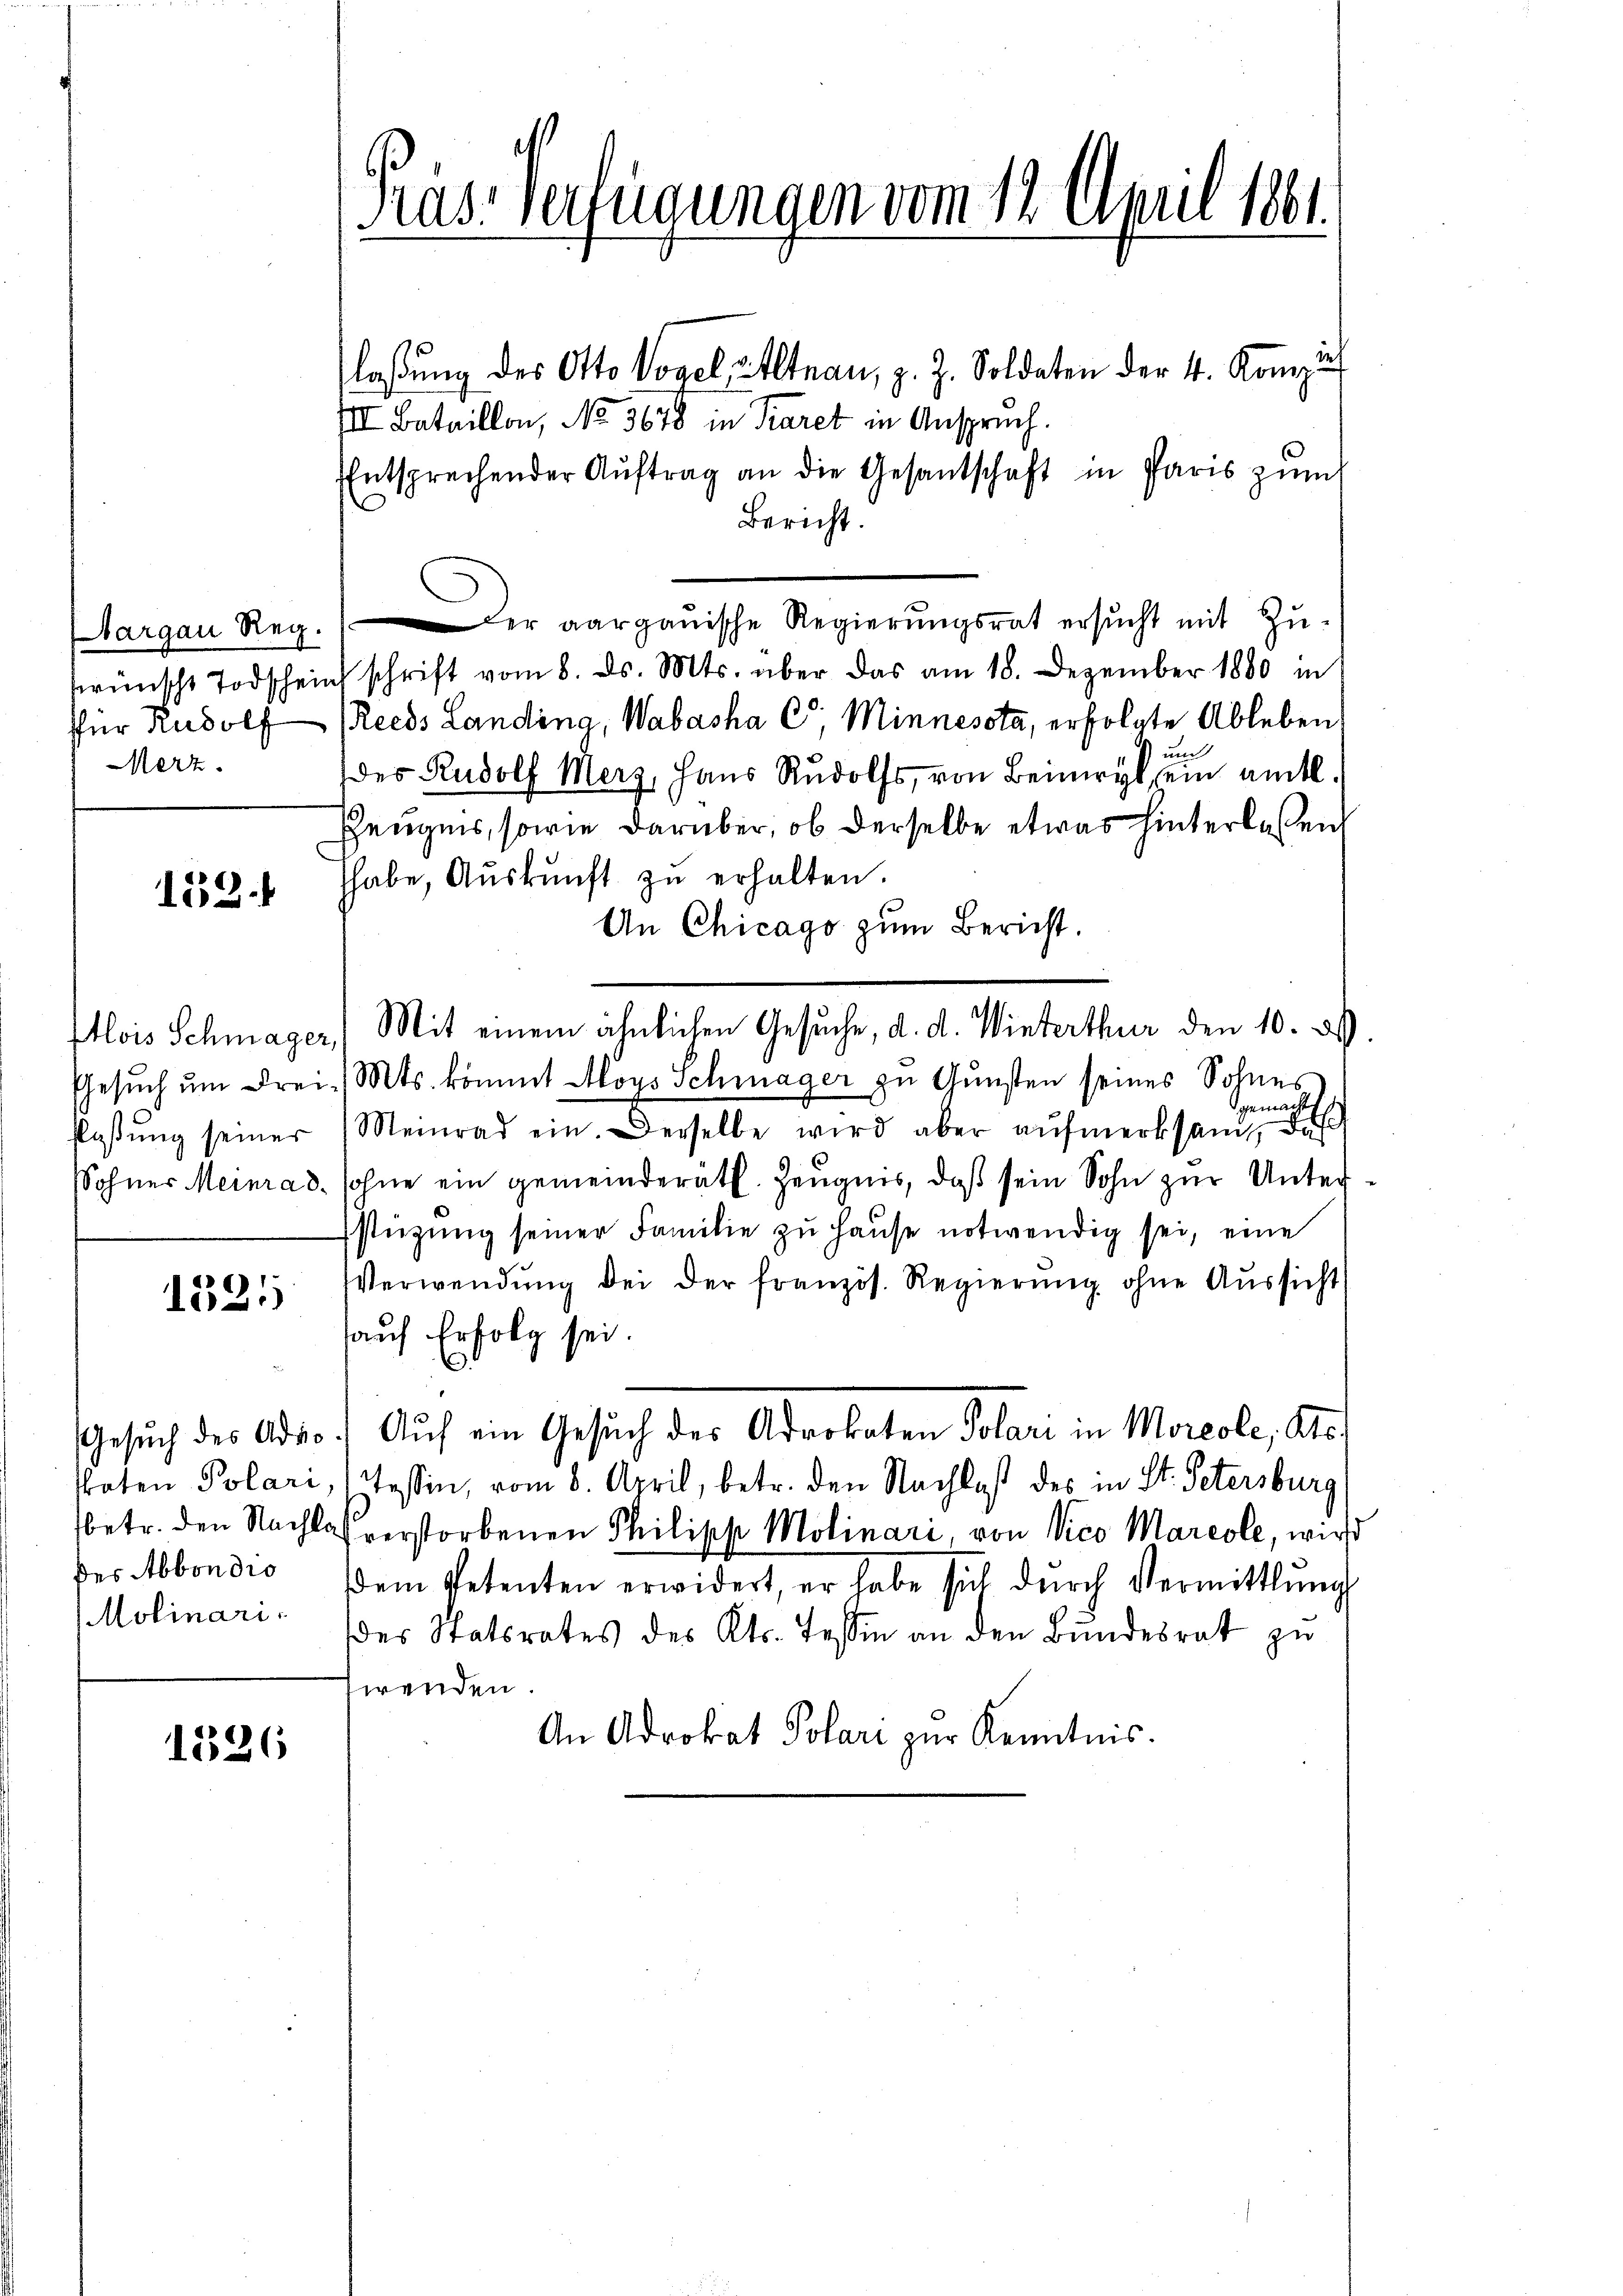
Merz

153.

e
1.)

des Abbondio
Molinari

1326

d
laßung des Otto Vogel, Altnau, z. Z. Soldaten der 4. Konz
VII. Bataillon, No. 3678 in Paret in Anspruch.
Entsprechender Aŭftrag an die Gesantschaft in Paris zŭm
Bericht.
bargau Reg. er aargauische Regierŭngsrat ersŭcht mit Zŭ-
rünscht Todschein schrift vom 8. ds. Mts. über das am 18. Dezember 1880 in
für Rudolf Rechs Landing, Wabasha C. Minnesota, erfolgte Ableben
en
des Rudolf Merz, Haus Rudolf, von Beinwyl, ein amtl.
Zeugnis, sowie darüber, ob derselbe etwas hinterlaßen
habe, Aŭskŭnft zŭ erhalten.
An Chicago zum Bericht.
Etlois Schmager Mit einem ähnlichen Gesuche, d. d. Winterthur den 10. ds.
Gesŭch ŭm Frei- Mts. kommt Aloys Schmager zu Gunsten seines Sohnes
dgemacht
flassŭng seiner (Meinrad ein. Derselbe wird aber aŭfmerksam, das
Sohner Meinrad, sohne ein gemeinderätl. Zeugnis, daß sein Sohn zur Unterstüzung seiner Familie zu Hause notwendig sei, eine
Verwendŭng dei der französ. Regierŭng ohne Aŭssicht
auf Erfolg sei.
Gesuch des Advo.) Auf ein Gesuch der Advokaten Polari in Morcole, Ste
spaten Polari, 1 Tessin, vom 8. April, betr. den Nachlaß des in St. Petersburg
betr. den Nachlasserstorbenen Philipp Molinari, von Vico Marcole, wird
dem Petenten erwidert, er habe sich dŭrch Vermittlung
der Statsrates des Kts. Tessin an den Bundesrat zu
fwenden
An Adrokat Polari zur Kenntnis.

Kas-Verfügungen vom 12. April 1861.